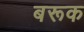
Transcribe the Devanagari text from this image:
बरूक